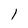
Character: 1